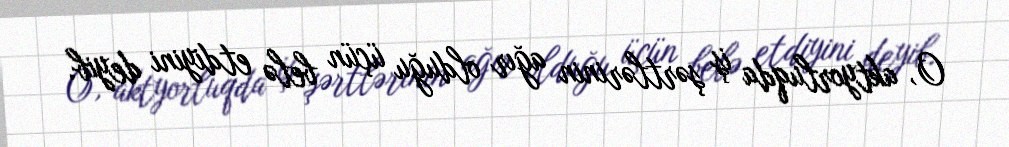
O, aktyorluqda iş şərtlərinin ağır olduğu üçün belə etdiyini deyib.